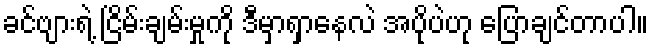
ခင်ဗျားရဲ့ ငြိမ်းချမ်းမှုကို ဒီမှာရှာနေလဲ အပိုပဲဟု ပြောချင်တာပါ။